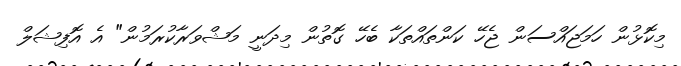
މިކޮޅުން ހަމަޖައްސަން ޖެހޭ ކަންތައްތަކާ ބެހޭ ގޮތުން މިދަނީ މަޝްވަރާކުރަމުން" އެ އޮފިޝަލް